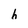
Character: h